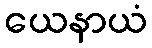
ယေနာယံ